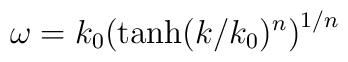
\omega=k_0 \bigl(\tanh(k/k_0)^n\bigr)^{1/n}